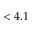
< 4 . 1